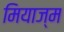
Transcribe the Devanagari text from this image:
मियाज्म